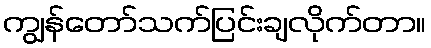
ကျွန်တော်သက်ပြင်းချလိုက်တာ။